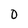
Character: 0